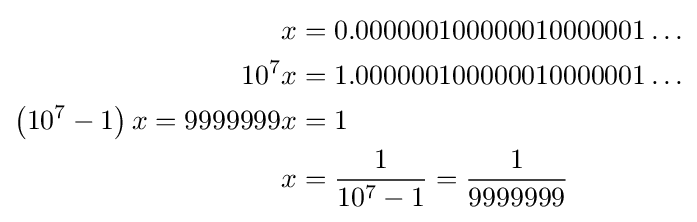
{\begin{aligned}x&=0.000000100000010000001\ldots \\10^{7}x&=1.000000100000010000001\ldots \\\left(10^{7}-1\right)x=9999999x&=1\\x&={\frac {1}{10^{7}-1}}={\frac {1}{9999999}}\end{aligned}}